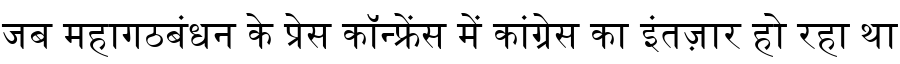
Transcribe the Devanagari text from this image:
जब महागठबंधन के प्रेस कॉन्फ्रेंस में कांग्रेस का इंतज़ार हो रहा था